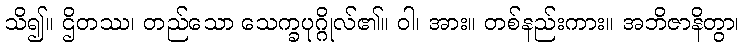
သိ၍။ ဌိတဿ၊ တည်သော သေက္ခပုဂ္ဂိုလ်၏။ ဝါ၊ အား။ တစ်နည်းကား။ အဘိဇာနိတွာ၊